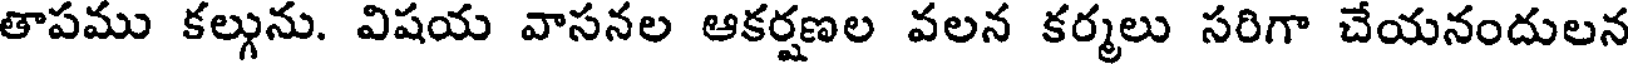
తాపము కల్గును. విషయ వాసనల ఆకర్షణల వలన కర్మలు సరిగా చేయనందులన